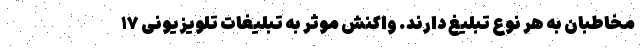
مخاطبان به هر نوع تبلیغ دارند. واکنش موثر به تبلیغات تلویزیونی ۱۷